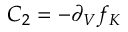
C _ { 2 } = - \partial _ { V } f _ { K }